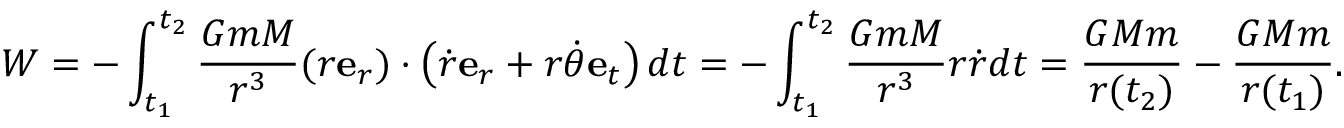
W = - \int _ { t _ { 1 } } ^ { t _ { 2 } } { \frac { G m M } { r ^ { 3 } } } ( r \mathbf { e } _ { r } ) \cdot \left( { \dot { r } } \mathbf { e } _ { r } + r { \dot { \theta } } \mathbf { e } _ { t } \right) d t = - \int _ { t _ { 1 } } ^ { t _ { 2 } } { \frac { G m M } { r ^ { 3 } } } r { \dot { r } } d t = { \frac { G M m } { r ( t _ { 2 } ) } } - { \frac { G M m } { r ( t _ { 1 } ) } } .